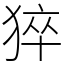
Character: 猝